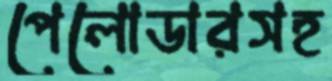
পেলোডারসহ